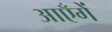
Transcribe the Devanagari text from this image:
आएँगें